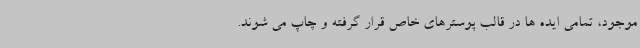
موجود، تمامی ایده ها در قالب پوسترهای خاص قرار گرفته و چاپ می شوند.